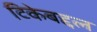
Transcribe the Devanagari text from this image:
टिकेबद्दल